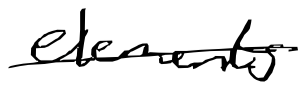
Text: elements
Cross-out: single-line
Writing tool: digital_black